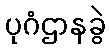
ပုဂံဌာနခွဲ